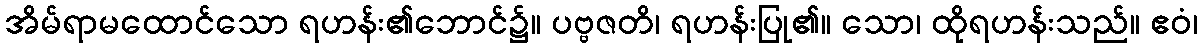
အိမ်ရာမထောင်သော ရဟန်း၏ဘောင်၌။ ပဗ္ဗဇတိ၊ ရဟန်းပြု၏။ သော၊ ထိုရဟန်းသည်။ ဧဝံ၊